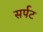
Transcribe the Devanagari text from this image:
सर्पट